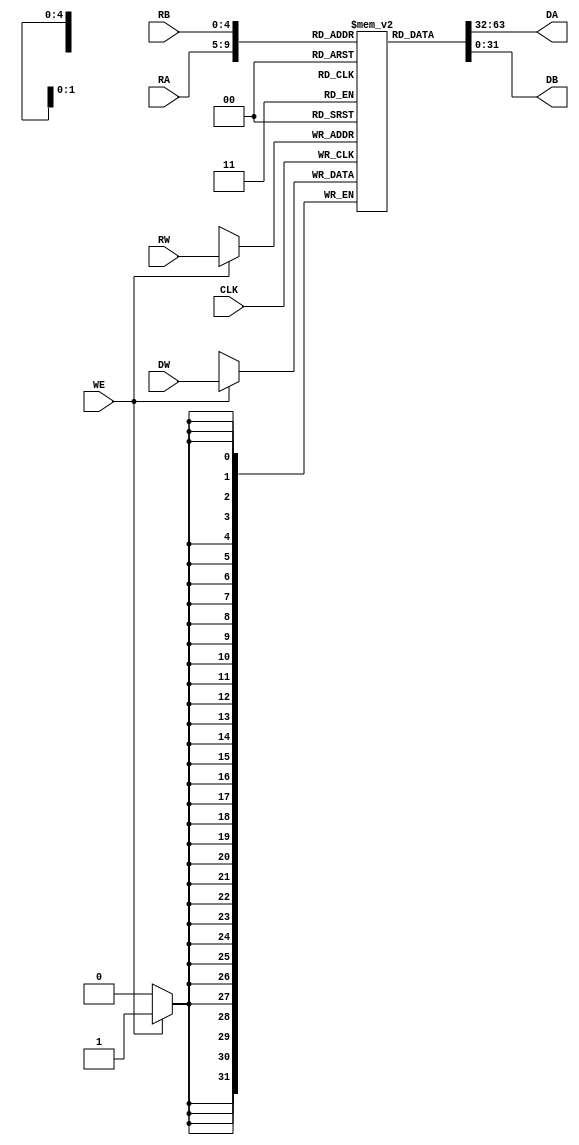
module DFFRF_2R1W (CLK, RA, DA, RB, DB, RW, WE, DW);

   parameter data_w = 32;
   parameter addr_w = 5;
   parameter USE_LATCH = 0;

   input                CLK;
   input  [addr_w-1:0]  RA;
   output [data_w-1:0]  DA;
   input  [addr_w-1:0]  RB;
   output [data_w-1:0]  DB;
   input                WE;
   input  [addr_w-1:0]  RW;
   input  [data_w-1:0]  DW;

   reg    [data_w-1:0]  mem[2**addr_w-1:0];
   reg    [data_w-1:0]  DA_q;
   reg    [data_w-1:0]  DB_q;

   initial begin: init
      integer i;
      for (i = 0; i < 2**addr_w; i = i + 1)
         mem[i] = 0;
   end

   always @(posedge CLK) begin
      DA_q <= mem[RA];
      DB_q <= mem[RB];
      if (WE) begin
         mem[RW] <= DW;
      end
   end

   assign DA = USE_LATCH ? DA_q : mem[RA];
   assign DB = USE_LATCH ? DB_q : mem[RB];

endmodule